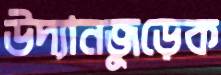
উদ্যানজুড়েক